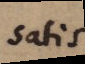
satis